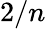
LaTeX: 2/n